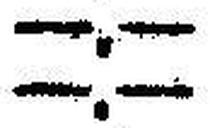
—.—